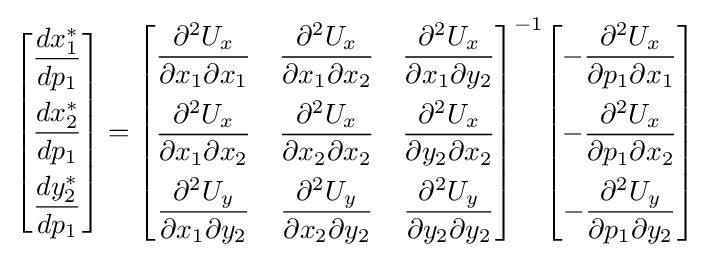
{\begin{bmatrix}{\dfrac {dx_{1}^{*}}{dp_{1}}}\\[2.2ex]{\dfrac {dx_{2}^{*}}{dp_{1}}}\\[2.2ex]{\dfrac {dy_{2}^{*}}{dp_{1}}}\end{bmatrix}}={\begin{bmatrix}{\dfrac {\partial ^{2}U_{x}}{\partial x_{1}\partial x_{1}}}&{\dfrac {\partial ^{2}U_{x}}{\partial x_{1}\partial x_{2}}}&{\dfrac {\partial ^{2}U_{x}}{\partial x_{1}\partial y_{2}}}\\[2.2ex]{\dfrac {\partial ^{2}U_{x}}{\partial x_{1}\partial x_{2}}}&{\dfrac {\partial ^{2}U_{x}}{\partial x_{2}\partial x_{2}}}&{\dfrac {\partial ^{2}U_{x}}{\partial y_{2}\partial x_{2}}}\\[2.2ex]{\dfrac {\partial ^{2}U_{y}}{\partial x_{1}\partial y_{2}}}&{\dfrac {\partial ^{2}U_{y}}{\partial x_{2}\partial y_{2}}}&{\dfrac {\partial ^{2}U_{y}}{\partial y_{2}\partial y_{2}}}\end{bmatrix}}^{-1}{\begin{bmatrix}-{\dfrac {\partial ^{2}U_{x}}{\partial p_{1}\partial x_{1}}}\\[2.2ex]-{\dfrac {\partial ^{2}U_{x}}{\partial p_{1}\partial x_{2}}}\\[2.2ex]-{\dfrac {\partial ^{2}U_{y}}{\partial p_{1}\partial y_{2}}}\end{bmatrix}}